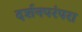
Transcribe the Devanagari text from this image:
दर्शनपरंपरा